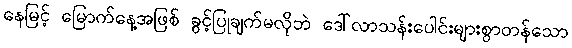
နေမြင့် မြောက်နေ့အဖြစ် ခွင့်ပြုချက်မလိုဘဲ ဒေါ်လာသန်းပေါင်းများစွာတန်သော